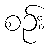
စဉ်း